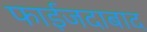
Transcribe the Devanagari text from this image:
फाईजदाबाद